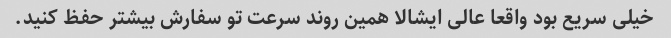
خیلی سریع بود واقعا عالی ایشالا همین روند سرعت تو سفارش بیشتر حفظ کنید.